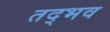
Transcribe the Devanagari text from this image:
तद्‍भव